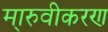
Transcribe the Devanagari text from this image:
मा्रुवीकरण